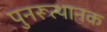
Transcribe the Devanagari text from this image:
पुनरूत्थानक